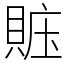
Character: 賘